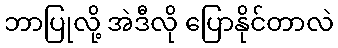
ဘာပြုလို့ အဲဒီလို ပြောနိုင်တာလဲ